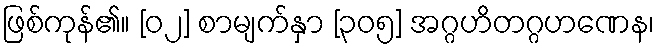
ဖြစ်ကုန်၏။ [၀၂] စာမျက်နှာ [၃၀၅] အဂ္ဂဟိတဂ္ဂဟဏေန၊